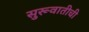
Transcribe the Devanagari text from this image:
सुरूवातीची